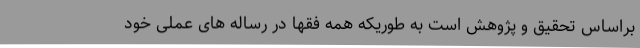
براساس تحقیق و پژوهش است به طوریکه همه فقها در رساله های عملی خود